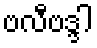
ဗလီဗဒ္ဒါ